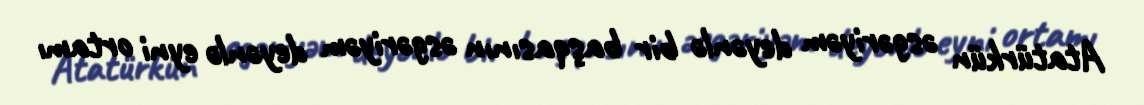
Atatürkün əsgəriyəm deyənlə bir başqasının əsgəriyəm deyənlə eyni ortamı